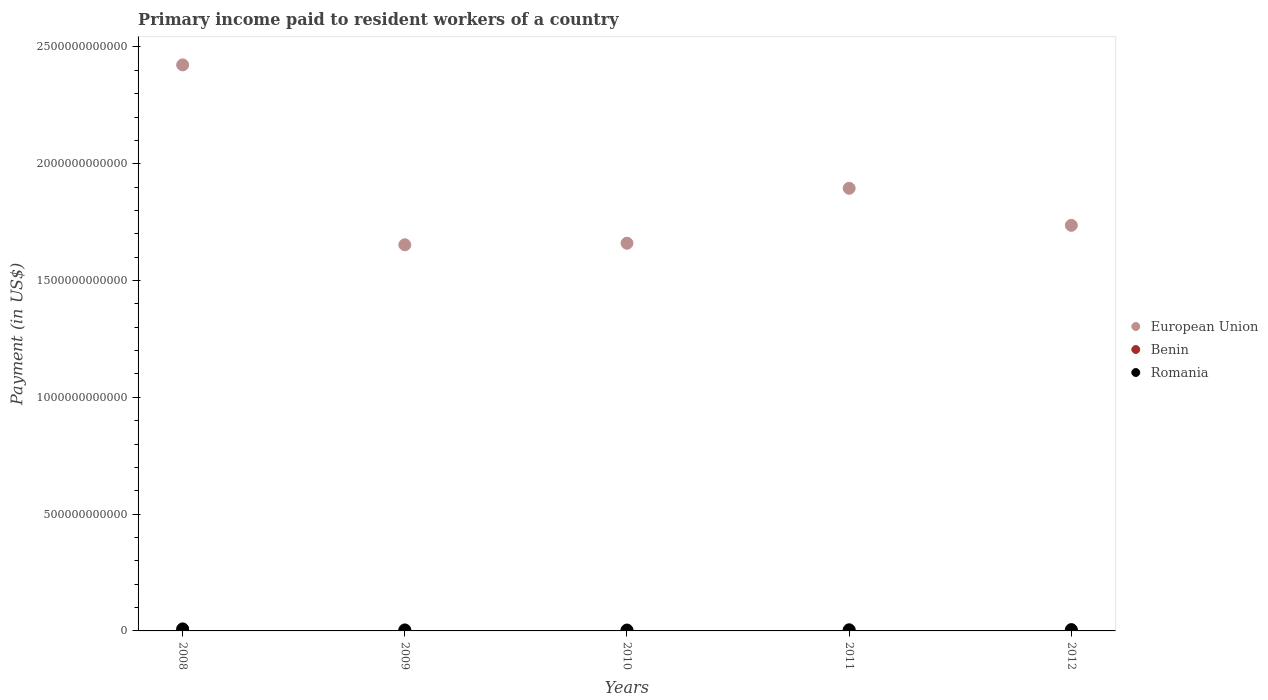
| Years | European Union | Benin | Romania |
 | --- | --- | --- | --- |
 | 2008 | 2.42e+12 | 5.62e+07 | 8.7e+09 |
 | 2009 | 1.65e+12 | 7.61e+07 | 4.29e+09 |
 | 2010 | 1.66e+12 | 1.03e+08 | 3.75e+09 |
 | 2011 | 1.89e+12 | 1.19e+08 | 4.86e+09 |
 | 2012 | 1.74e+12 | 1.59e+08 | 5.66e+09 |